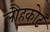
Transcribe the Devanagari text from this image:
लौहकोट